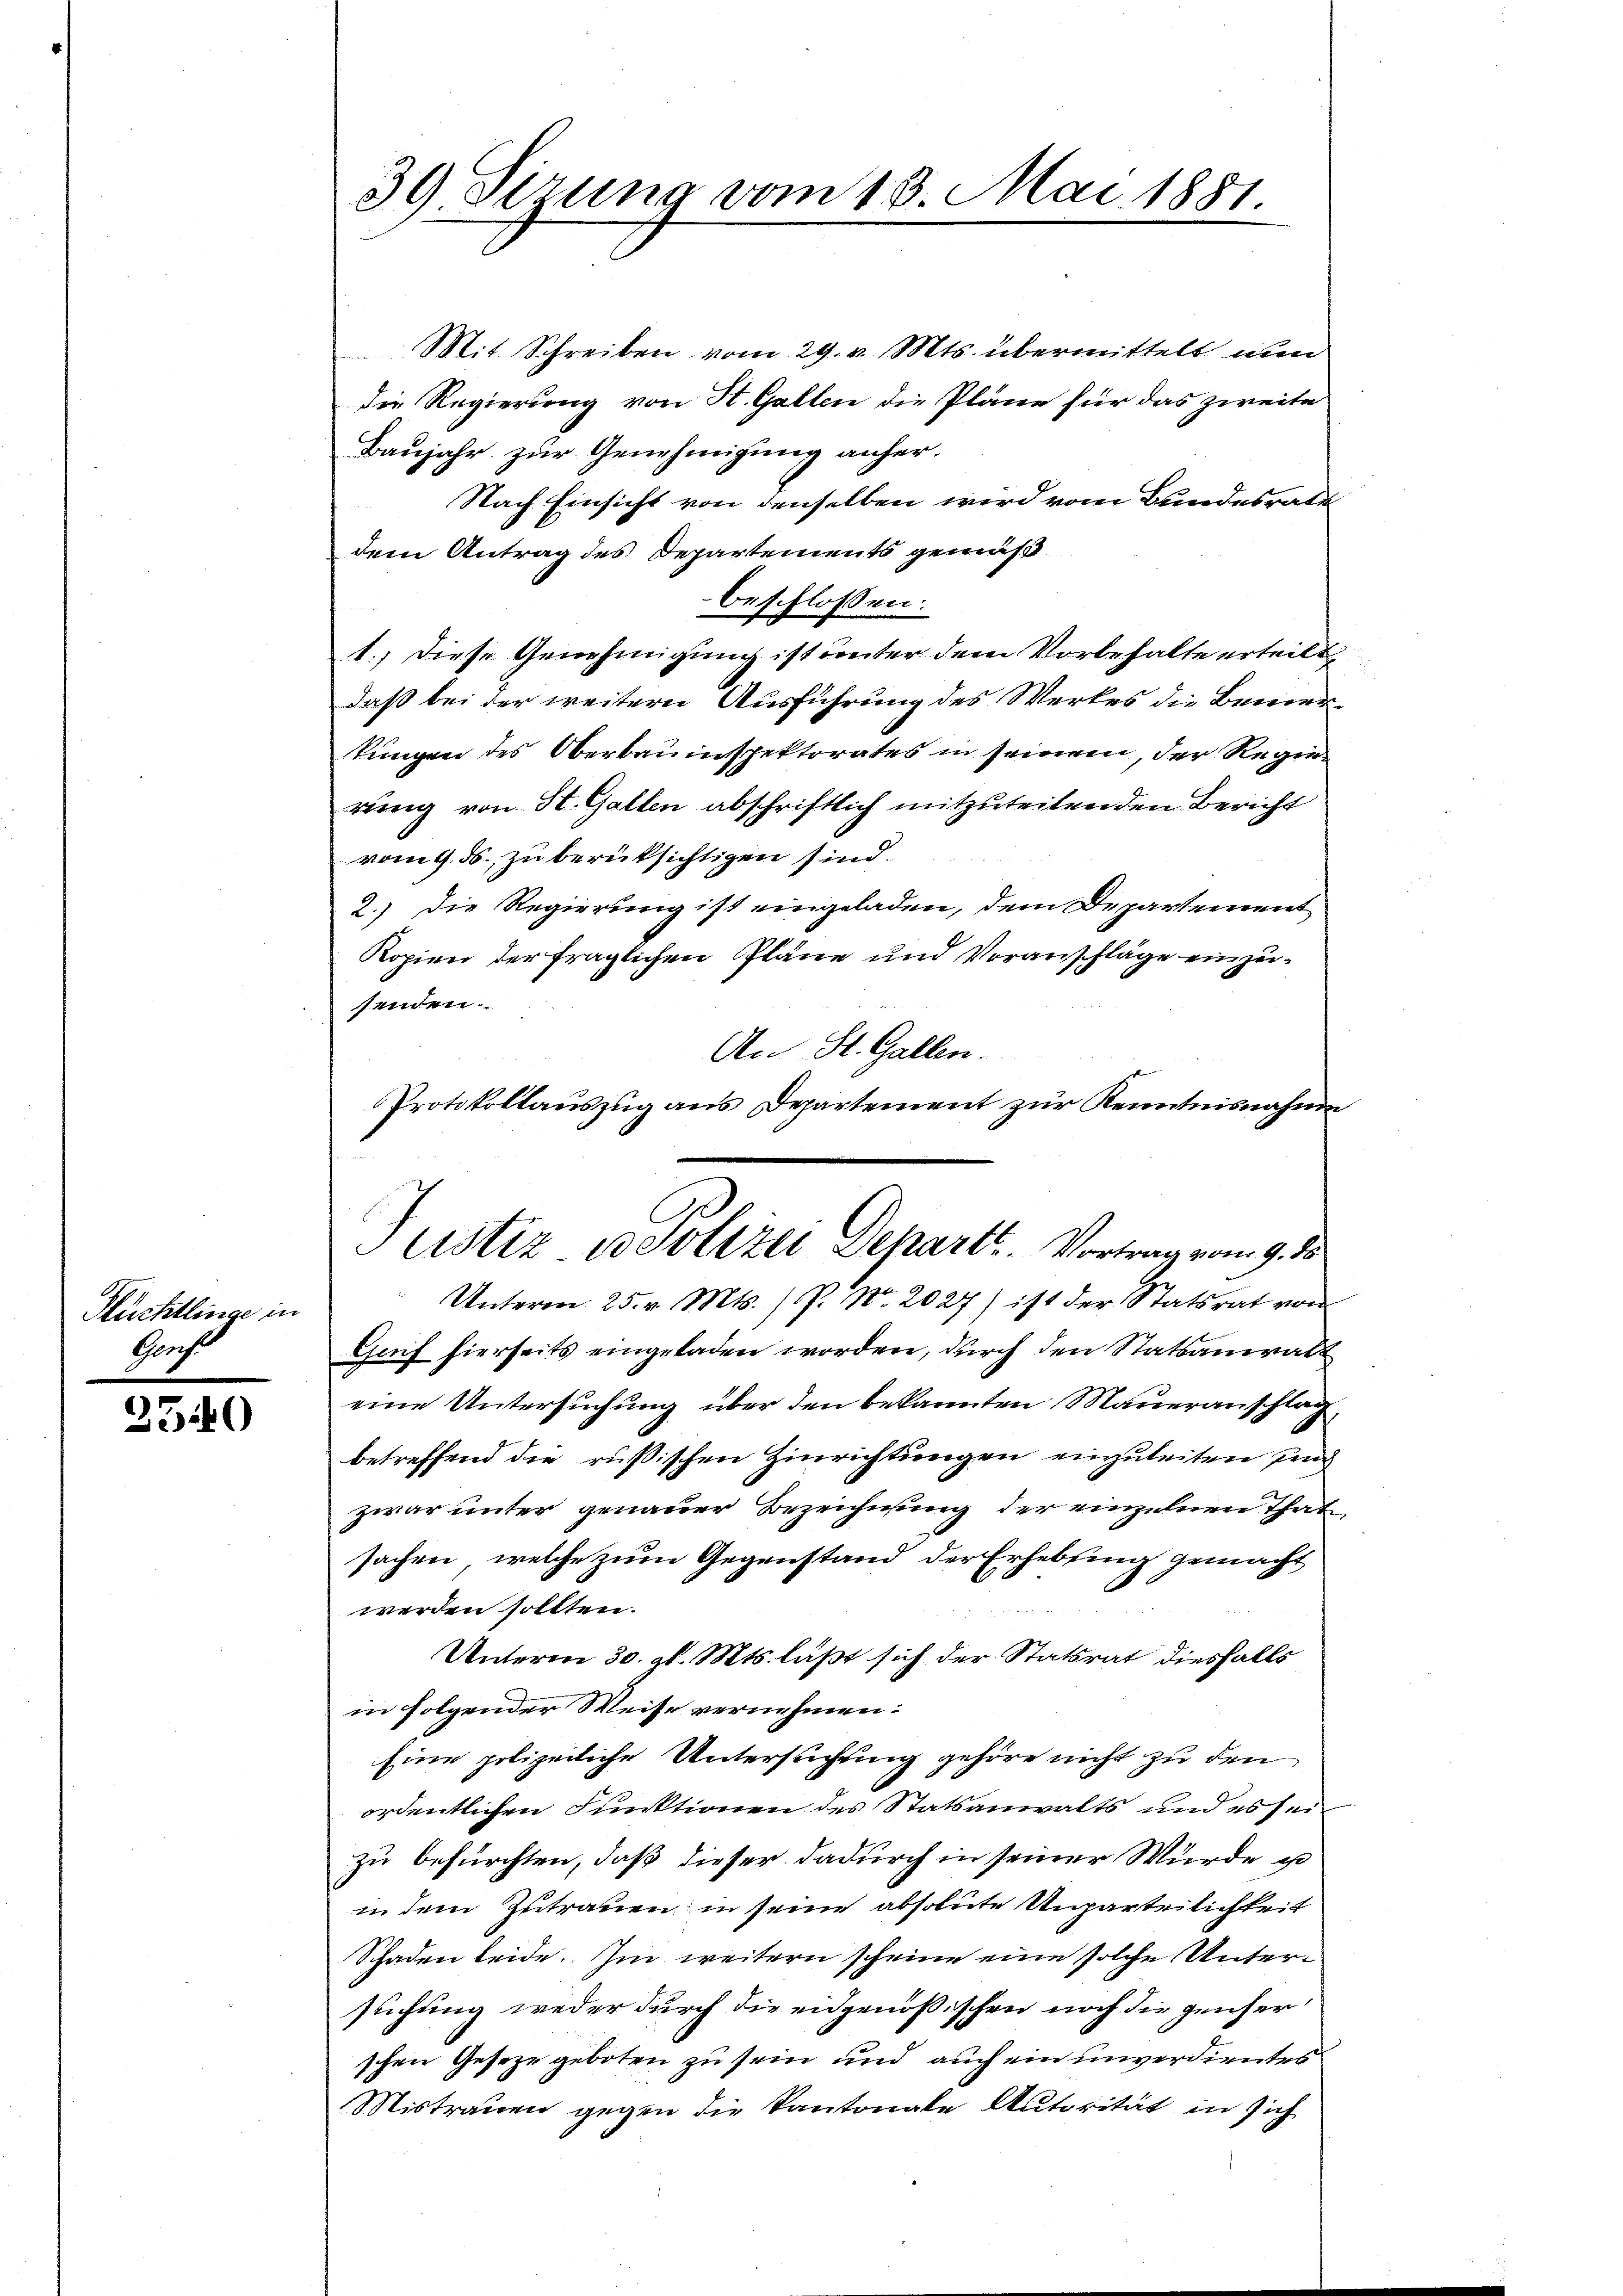
Püchtlinge in
Greif

2540

39 Sizung vom 13. Mai 1881.

Mit Schreiben vom 29. v. Mts. übermittelt nun
die Regierung von St. Gallen die Pläne für das zweite
Baujahr zur Genehmigung anher¬
Nach Einsicht von denselben wird vom Bundesratu
dem Antrag des Departements gemäß
beschlossen:
1.) Diese Genehmigung ist unter dem Vorbehalte erteilt
daß bei der weitern Ausführung des Werkes die Bemerkungen des Oberbauinspektorates in seinem, der Regierung von St. Galten abschriftlich mitzuteilenden Bericht
vom 9. ds. zu berüksichtigen sind.
2.) Die Regierung ist eingeladen, dem Departement
Kopien der fraglichen Pläne und Voransfläge einzusenden.
An St. Gallen.
Protokollauszug aus Departement zur Kenntnisnahme
Unterm 25. v. Mts. ) P. Nr. 2027) ist der Statsrat von
Geif hierseits eingeladen worden, durch den Statsanwalt
eine Untersuchung über den bekannten Maueranschlag
betreffend die rußischen Hinrichtungen einzuleiten sind
zwar unter genauer Bezeichnung der einzelnen That,
sachen, welche zum Gegenstand der Erhebling gemacht
werden sollten.
Unterm 30. gl. Mts. läßt sich der Statsrat diesfalls
in folgender Weise vernehmen:
Eine polizeiliche Untersuchung gehöre nicht zu den
ordentlichen Funktionen des Statsanwalts und es seizu befürchten, daß dieser dadurch in seiner Würde u
in dem Zutrauen in seine absolute Unparteilichkeit
Schaden beide. Im weitern scheine eine solche Untersuchung weder durch die eidgenößischen noch die genser
schen Geseze geboten zu sein und auch ein unverdientes
Mistrauen gegen die Kantonale Autorität in sich

Justiz in Polizei Departe. Vortrag vom 9. ds